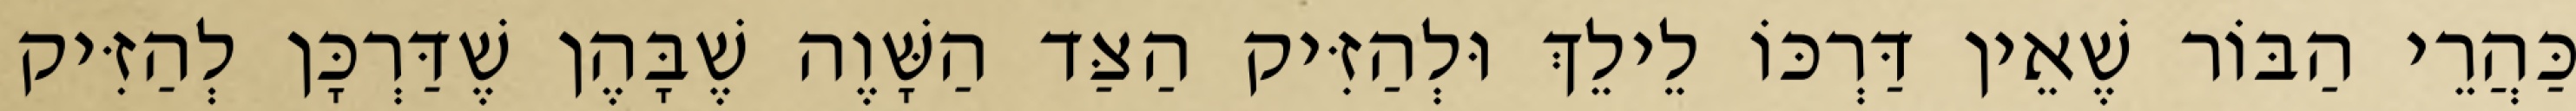
כַּהֲרֵי הַבּוֹר שֶׁאֵין דַּרְכּוֹ לֵילֵךְ וּלְהַזִּיק הַצַּד הַשָּׁוֶה שֶׁבָּהֶן שֶׁדַּרְכָּן לְהַזִּיק